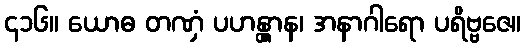
၄၁၆။ ယောဓ တဏှံ ပဟန္တွာန၊ အနာဂါရော ပရိဗ္ဗဇေ။